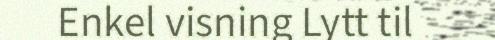
Enkel visning Lytt til